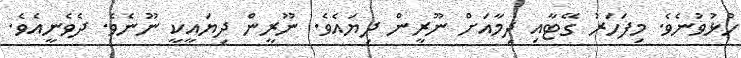
ހުޅުވުނެވެ. މިފަހަރު ގޭޓާއި ދިމާއަށް ނޫރީން ދިޔައެވެ. ނޫރީން ދިޔައީކީ ނޫނެވެ. ދެވެނީއެވެ.